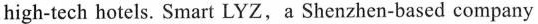
high-tech hotels. Smart LYZ,a Shenzhen-based company